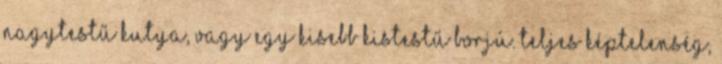
nagytestű kutya, vagy egy kisebb kistestű borjú. Teljes képtelenség,